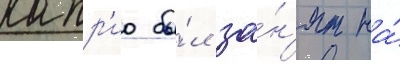
капр'ио бы́л за́н'ят на́